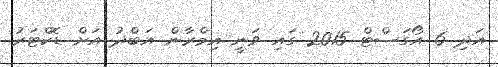
އަދި 6 އޯގަސްޓް 2015 ގައި ވަނީ އިމްރާން އަބްދު އަށް ޑޮކްޓަރު